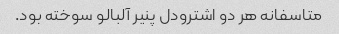
متاسفانه هر دو اشترودل پنیر آلبالو سوخته بود.